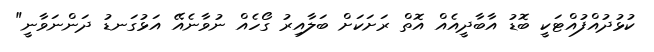
ކުޅުދުއްފުއްޓަކީ ބޮޑު އާބާދީއެއް އޮތް ރަށަކަށް ބަލާއިރު ގޯހެއް ނުވާނެއޭ އަޅުގަނޑު ދަންނަވާނީ"